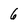
Character: 6